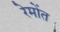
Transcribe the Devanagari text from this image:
रेमोंत